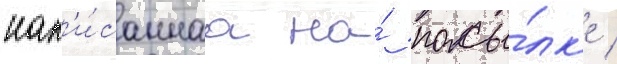
нап'и́саннаа на́ посы́лк'е /